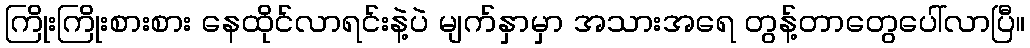
ကြိုးကြိုးစားစား နေထိုင်လာရင်းနဲ့ပဲ မျက်နှာမှာ အသားအရေ တွန့်တာတွေပေါ်လာပြီ။